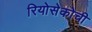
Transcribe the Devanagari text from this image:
रियोसेकोची